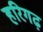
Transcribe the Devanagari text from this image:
हरिगढ़